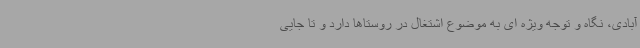
آبادی، نگاه و توجه ویژه ای به موضوع اشتغال در روستاها دارد و تا جایی